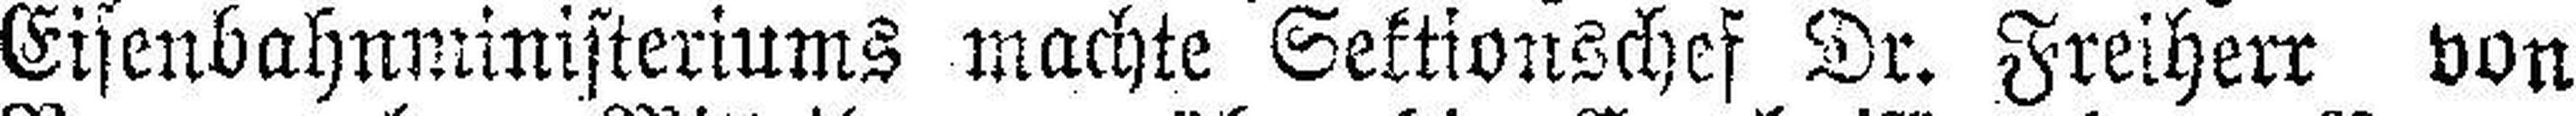
Eisenbahnministeriums machte Sektionschef Dr. Freiherr von